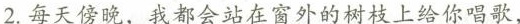
2.每天傍晚，我都会站在窗外的树枝上给你唱歌，